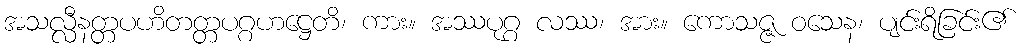
အသလ္လီနတ္တပဟိတတ္တပဂ္ဂဟဋ္ဌေတိ၊ ကား။ အဿပုဂ္ဂ လဿ၊ အား။ ကောသဇ္ဇ ဝသေန၊ ပျင်းရိခြင်း၏